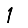
Digit: 1